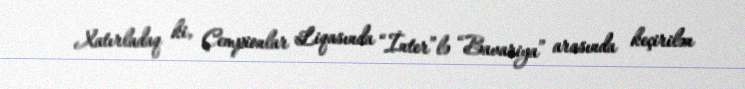
Xatırladaq ki, Çempionlar Liqasında “İnter”lə “Bavariya” arasında keçirilən